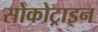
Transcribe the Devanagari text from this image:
सोकोट्राइन